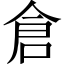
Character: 倉